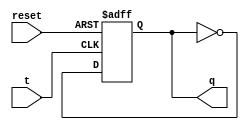
module tLatch(
    input t,
    input reset,
    output reg q
);

// Toggle logic
always @(posedge t or posedge reset)
begin
    if(reset)
    begin
        q <= 1'b0;
    end
    else if(t)
    begin
        q <= ~q;
    end
end

endmodule